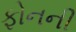
ફોનની